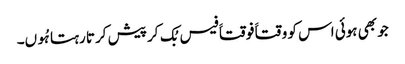
جو بھی ہوئی اس کو وقتاََ فوقتاََ فیس بُک کر پیش کرتا رہتا ہُوں۔